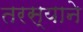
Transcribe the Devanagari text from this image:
तरस्याने